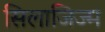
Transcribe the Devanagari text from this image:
सिलाजिज्म